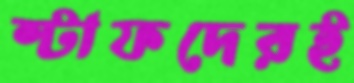
স্টাফদেরই